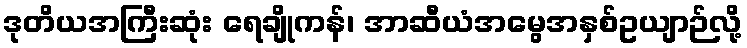
ဒုတိယအကြီးဆုံး ရေချိုကန်၊ အာဆီယံအမွေအနှစ်ဥယျာဉ်လို့